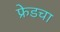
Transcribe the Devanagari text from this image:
फ्रेडचा